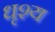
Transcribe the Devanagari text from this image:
धृश्य